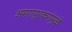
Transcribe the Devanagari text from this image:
अमरापूूरकरांमुळे